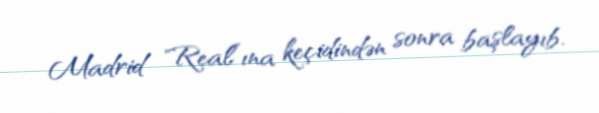
Madrid "Real”ına keçidindən sonra başlayıb.